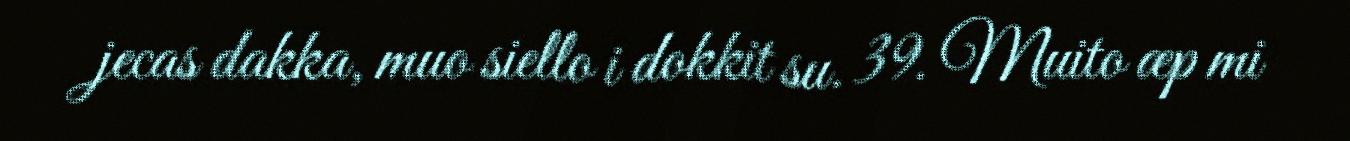
jecas dakka, muo siello i dokkit su. 39. Muito æp mi